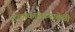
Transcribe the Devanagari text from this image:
हत्याकांडाच्यावेळी